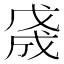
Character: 𢧓